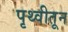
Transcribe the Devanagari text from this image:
पृथ्वीतून